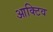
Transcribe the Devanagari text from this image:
आक्टिव